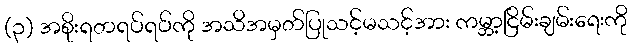
(၃) အစိုးရတရပ်ရပ်ကို အသိအမှတ်ပြုသင့်မသင့်အား ကမ္ဘာ့ငြိမ်းချမ်းရေးကို